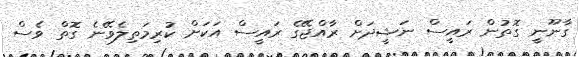
ގާނޫނީ ގޮތުން ރައީސް ނަޝީދަށް ރާއްޖޭގެ ރައީސް އަކަށް ކުރިމަތިލެވޭނެ ގޮތް ވެސް